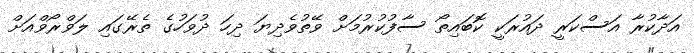
އަދާކުރާ އަސްކަރީ ދައުރަކީ ކޮބައިތޯ ސާފުކުރުމަށް ވޭތުވެދިޔަ ދިހަ ދުވަހުގެ ތެރޭގައި ލަވްރޯވްއަށް